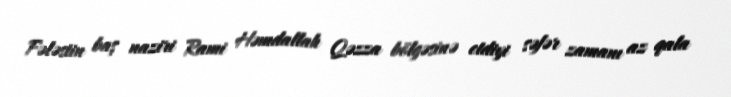
Fələstin baş naziri Rami Həmdallah Qəzza bölgəsinə etdiyi səfər zamanı az qala